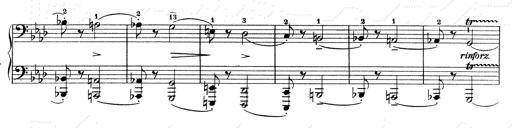
Title: Weinen, Klagen, Sorgen, Zagen
Composer: Franz Liszt